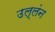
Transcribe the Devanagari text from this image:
उल्लंन